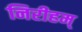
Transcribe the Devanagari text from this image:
निरीहम्